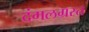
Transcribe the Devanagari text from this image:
दंगलग्रस्त